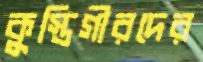
কুস্তিগীরদের